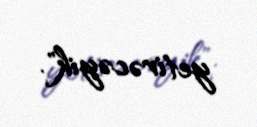
yetirəcəyik".